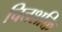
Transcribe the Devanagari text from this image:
चित्तशक्ति